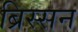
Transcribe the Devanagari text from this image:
ब्रिस्सन